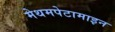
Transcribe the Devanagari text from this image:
मेथमपेटामाइन